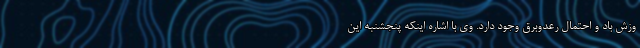
وزش باد و احتمال رعد‌وبرق وجود دارد. وی با اشاره اینکه پنجشنبه این